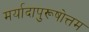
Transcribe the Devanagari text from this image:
मर्यादापुरूषोत्तम